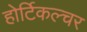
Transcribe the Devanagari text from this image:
होर्टिकल्चर